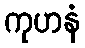
ကုဟနံ